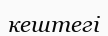
кештегі